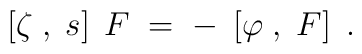
\left[ \zeta \;,\;s\right] \;F\;=\;-\;\left[ \varphi \;,\;F\right] \;.